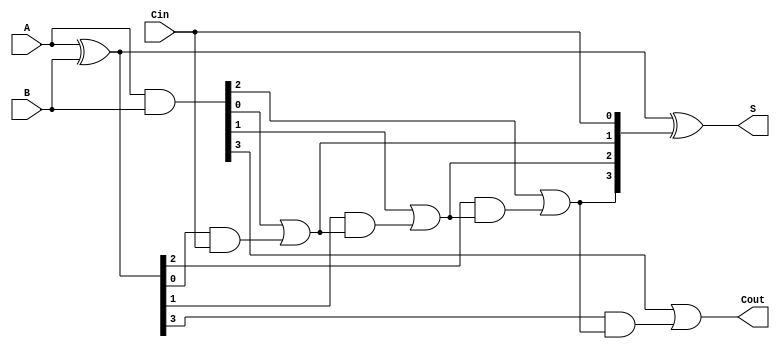
module CILA #(parameter n = 4) (
    input  [n-1:0] A,      // First operand
    input  [n-1:0] B,      // Second operand
    input         Cin,      // Carry input
    output [n-1:0] S,      // Sum output
    output        Cout      // Carry output
);

    // Generate and Propagate signals
    wire [n-1:0] G; // Generate
    wire [n-1:0] P; // Propagate
    wire [n:0] C;   // Carry signals

    // Generate and Propagate logic
    assign G = A & B; // Generate: G[i] = A[i] & B[i]
    assign P = A ^ B; // Propagate: P[i] = A[i] ^ B[i]

    // Carry signals
    assign C[0] = Cin; // C[0] = Cin
    genvar i;
    generate
        for (i = 1; i < n; i = i + 1) begin : carry_logic
            assign C[i] = G[i-1] | (P[i-1] & C[i-1]); // C[i] = G[i-1] | (P[i-1] & C[i-1])
        end
    endgenerate

    // Final carry out
    assign Cout = G[n-1] | (P[n-1] & C[n-1]); // Cout = G[n-1] | (P[n-1] & C[n-1])

    // Sum calculation
    assign S = P ^ C[n-1:0]; // S[i] = P[i] ^ C[i]

endmodule